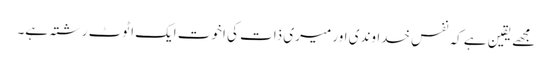
مجھے یقین ہے کہ نفسِ خداوندی اور میری ذات کی اخوت ایک اٹوٹ رشتہ ہے۔